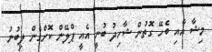
މިޝާ އާއި ބެހޭ ގޮތުން ޝާހިދު ބުނީ އެއީ ޕްލޭން ކޮށްގެން ލިބުނު